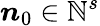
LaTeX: \boldsymbol n_{0}\in{\mathbb N}^{s}